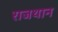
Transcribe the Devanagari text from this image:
राजथान